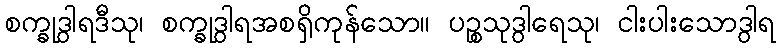
စက္ခုဒွါရဒီသု၊ စက္ခုဒွါရအစရှိကုန်သော။ ပဉ္စသုဒွါရေသု၊ ငါးပါးသောဒွါရ